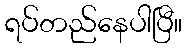
ရပ်တည်နေပါပြီ။